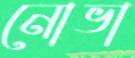
নোভা